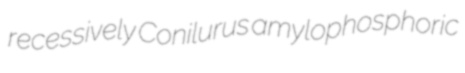
recessively Conilurus amylophosphoric